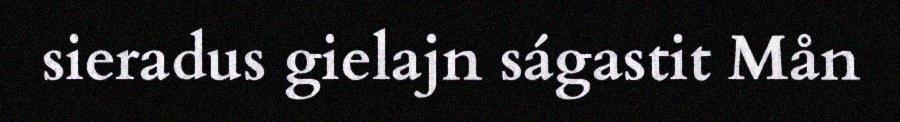
sieradus gielajn ságastit Mån